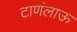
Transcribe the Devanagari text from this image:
टाणंलाऊ